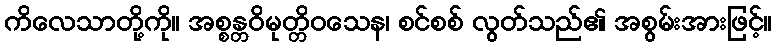
ကိလေသာတို့ကို။ အစ္စန္တဝိမုတ္တိဝသေန၊ စင်စစ် လွတ်သည်၏ အစွမ်းအားဖြင့်။